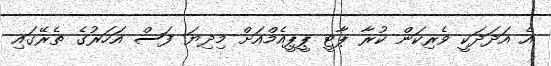
އެ އަދަދަކީ ވެރިކަން ކުރާ ޕާޓީ ޕީޕީއެމްއަށް މިދިޔަ ފަސް އަހަރުގެ ތެރޭގައި